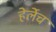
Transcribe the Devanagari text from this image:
हेर्लेच